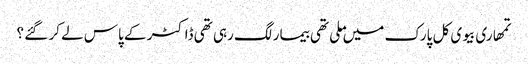
تمھاری بیوی کل پارک میں ملی تھی بیمار لگ رہی تھی ڈاکٹر کے پاس لے کر گئے ؟